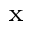
_ \textrm { x }